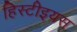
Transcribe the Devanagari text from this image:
हिस्टीइयस